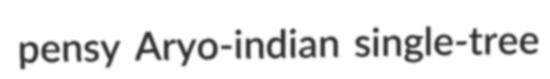
pensy Aryo-indian single-tree